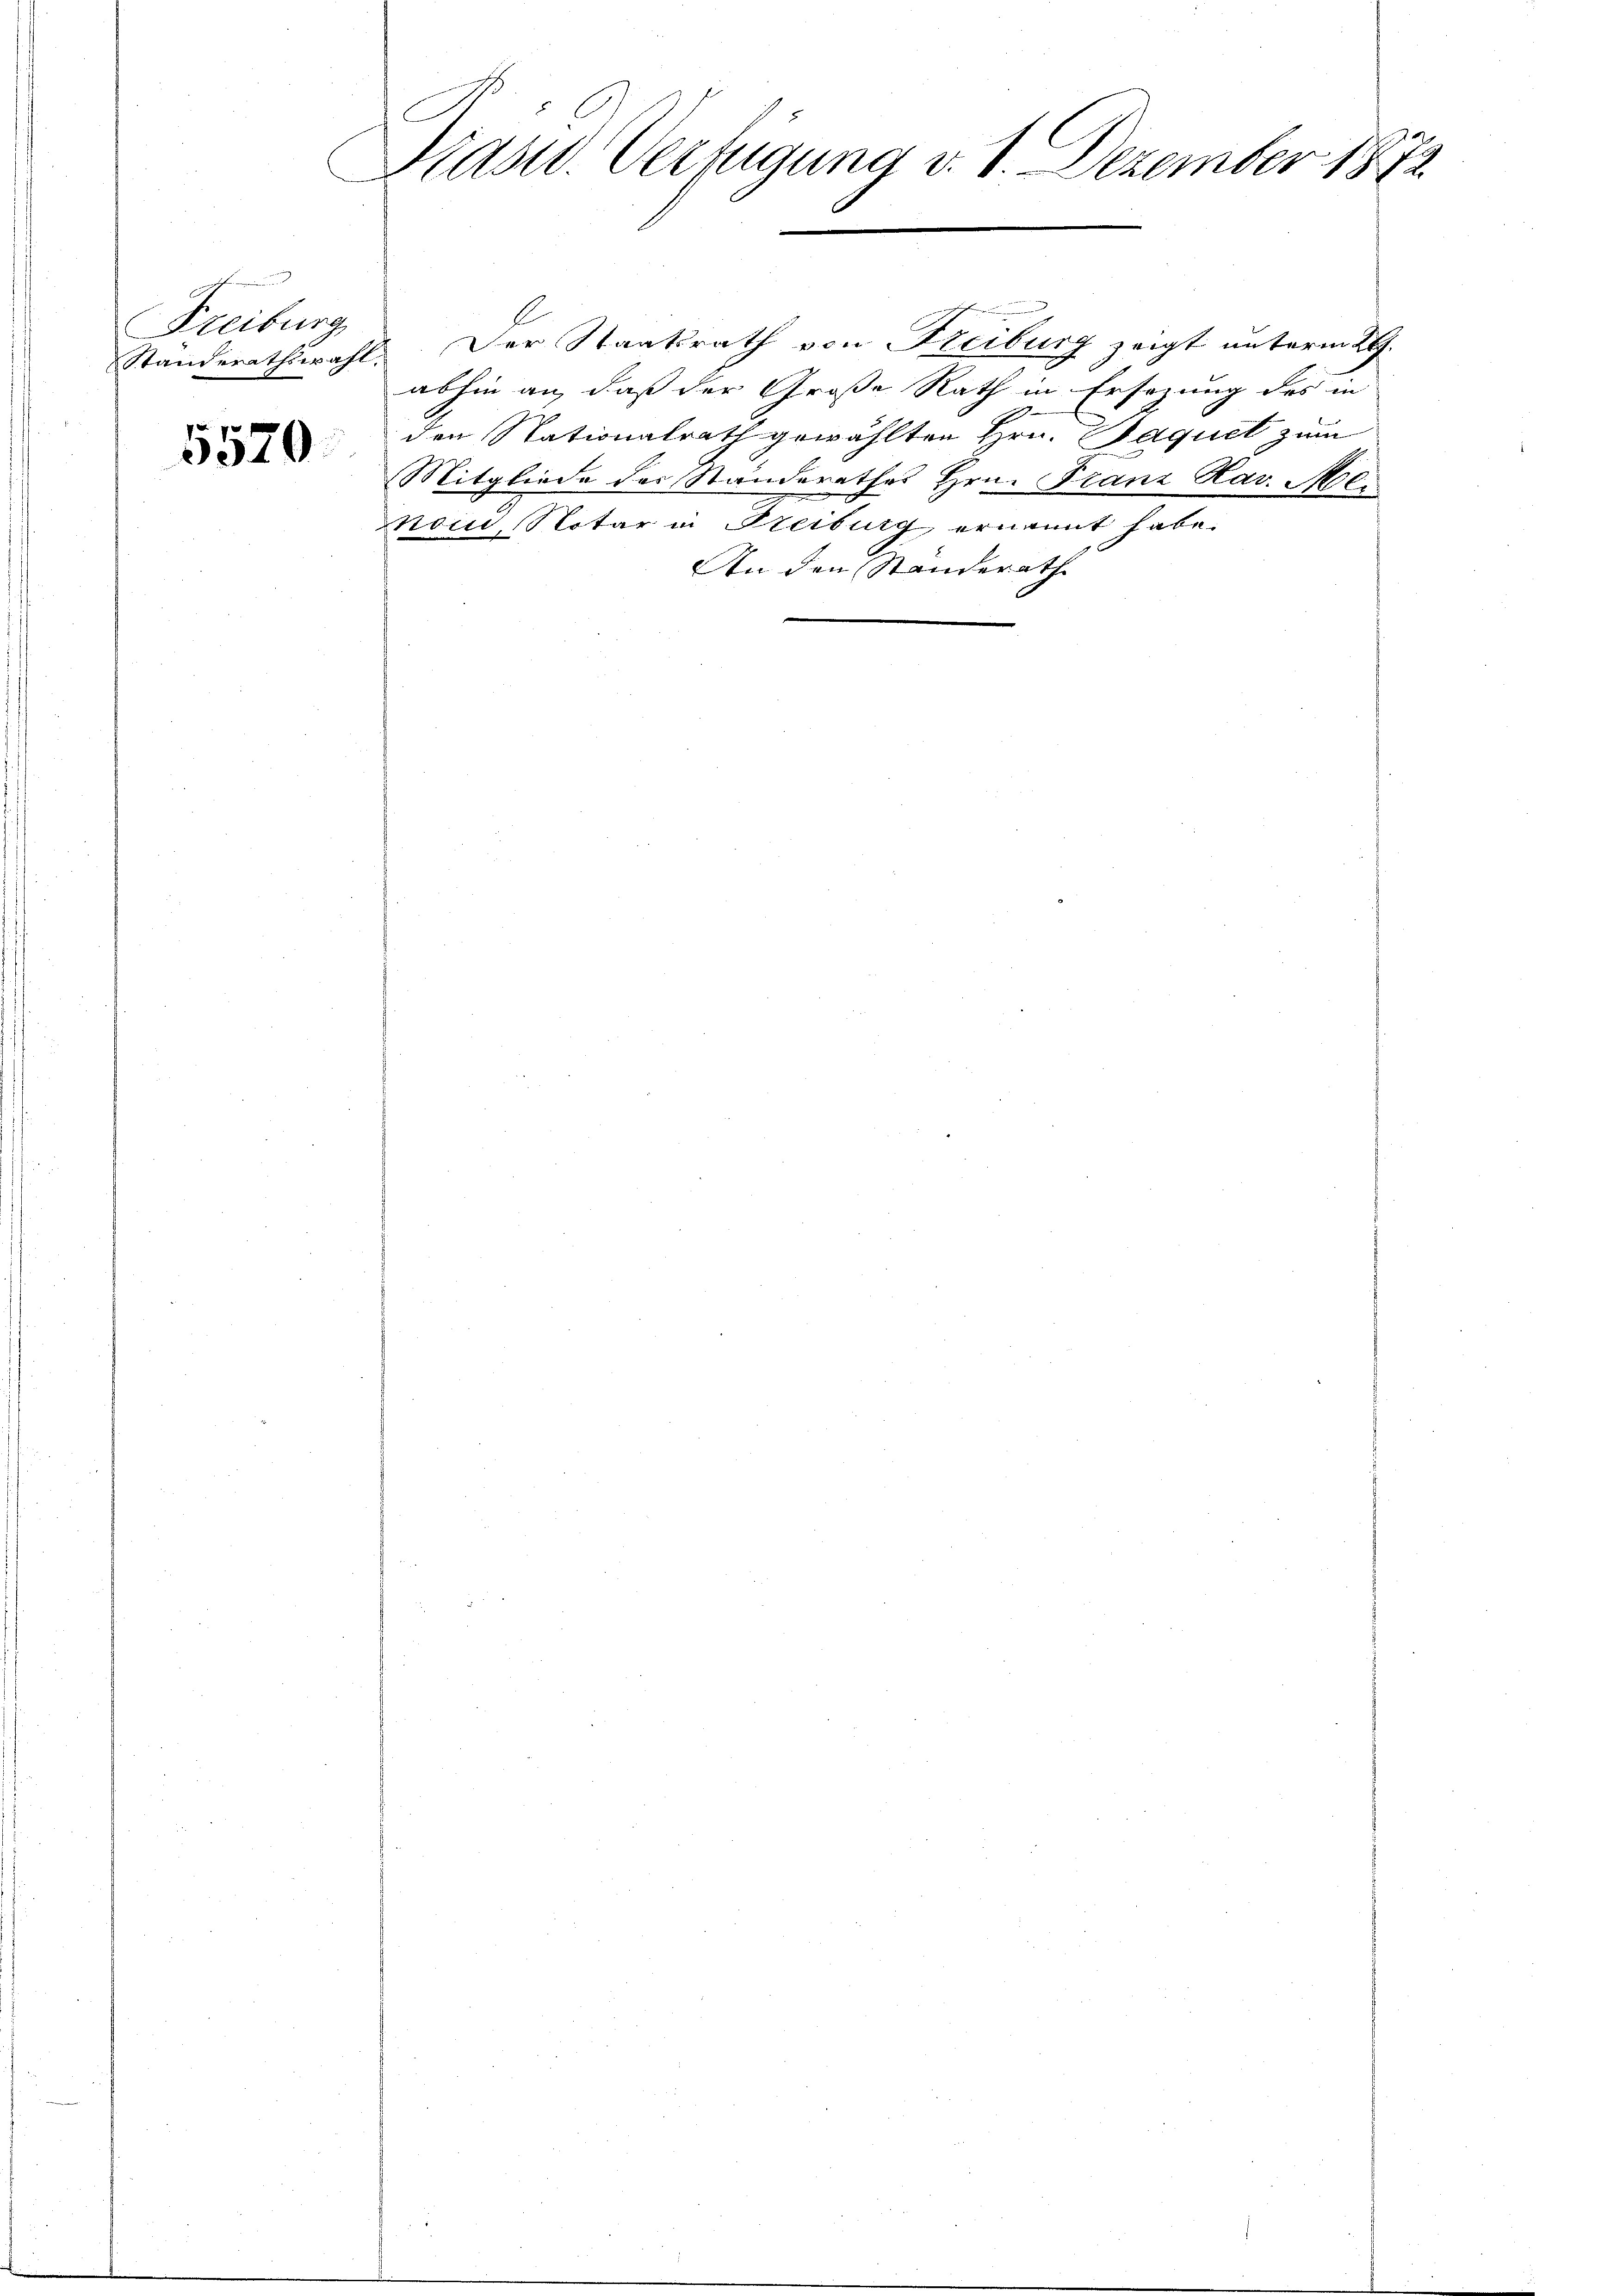
Freiburg
Standerathswahl.

5570

Präsid. Verfügung v. 1. Dezember 1872

Der Staatsrath von Freiburg zeigt unterm 29.
abhin an, daß der Große Rath in Ersezung des in
d
den Nationalrath gewählten Hrn. Paquet zum
Mitgliede des Standerathes Hrn. Franz Hav. M.
nom, Notar in Freiburg ernannt habe.
An den Standerath